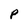
Character: P